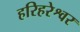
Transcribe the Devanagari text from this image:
हरिहरेश्वर